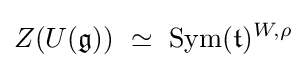
Z(U({\mathfrak {g}}))\ \simeq \ {\text{Sym}}({\mathfrak {t}})^{W,\rho }